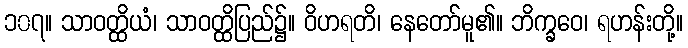
၁၀၇။ သာဝတ္ထိယံ၊ သာဝတ္ထိပြည်၌။ ဝိဟရတိ၊ နေတော်မူ၏။ ဘိက္ခဝေ၊ ရဟန်းတို့။